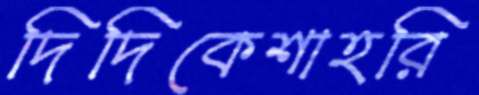
দিদিকেশাহরি